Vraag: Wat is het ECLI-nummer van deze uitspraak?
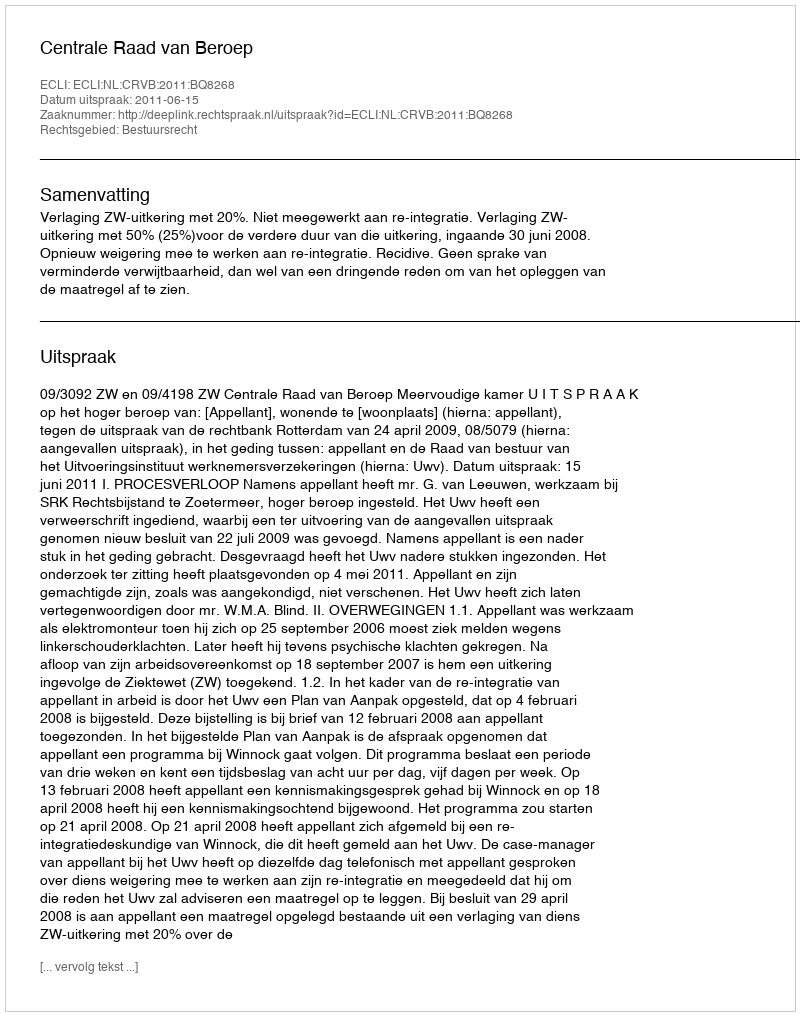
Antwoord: ECLI:NL:CRVB:2011:BQ8268